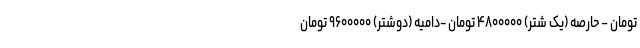
تومان – حارصه (یک شتر) ۴۸۰۰۰۰۰ تومان -دامیه (دوشتر) ۹۶۰۰۰۰۰ تومان